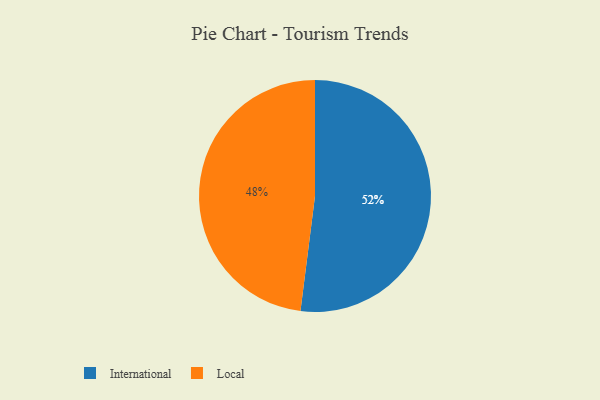
{"axis": {"x": "Category", "y": "Percentage"}, "legend": ["International", "Local"], "data": [{"x": "International", "y": 52, "type": "International"}, {"x": "Local", "y": 48, "type": "Local"}]}